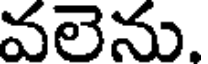
వలెను.